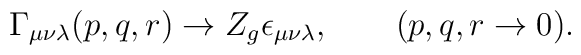
\Gamma_{\mu\nu\lambda}(p,q,r)\to Z_g \epsilon_{\mu\nu\lambda},\qquad (p,q,r \to 0).